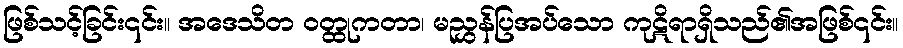
ဖြစ်သင့်ခြင်း၎င်း။ အဒေသိတ ဝတ္ထုကတာ၊ မညွှန်ပြအပ်သော ကုဋိရာရှိသည်၏အဖြစ်၎င်း။